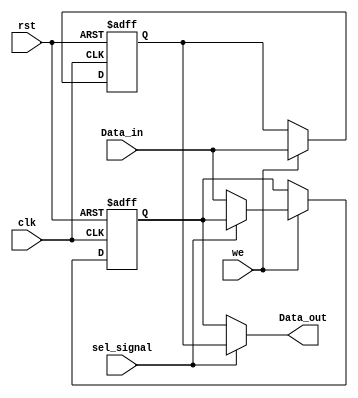
module Output_Device_module(clk, rst, Data_in, Data_out, sel_signal, we);
    input clk, rst, we, sel_signal;
    input [31:0]Data_in;
    output [31:0]Data_out;
    reg [31:0]initial_reg;
    reg [31:0]current_reg;
    
    assign Data_out = (sel_signal == 1) ? current_reg : initial_reg;
    
    always @ (posedge clk or posedge rst)
        if(rst)
          begin
          initial_reg <= 0;
          current_reg <= 0;
          end
        else 
          if(we)
          begin
          if(sel_signal)
            begin
              current_reg <= Data_in;
            end
          else 
            begin
              initial_reg <= Data_in;
              current_reg <= Data_in;
            end
          end
endmodule